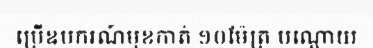
ប្រើឧបករណ៍មុខកាត់ ១០ម៉ែត្រ បណ្តោយ